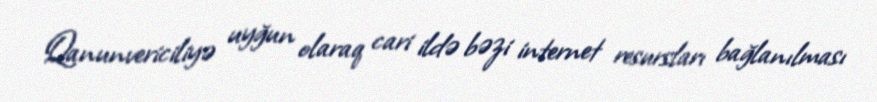
Qanunvericiliyə uyğun olaraq cari ildə bəzi internet resursları bağlanılması